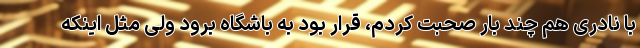
با نادری هم چند بار صحبت کردم، قرار بود به باشگاه برود ولی مثل اینکه